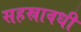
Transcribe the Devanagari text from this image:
सहस्रावधी